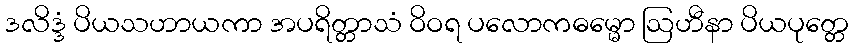
ဒလိဒ္ဒံ ပိယသဟာယကာ အပရိတ္တာသံ ဝိဝရ ပလောကဓမ္မော ဩဟီနာ ပိယပုတ္တေ